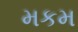
મકમ